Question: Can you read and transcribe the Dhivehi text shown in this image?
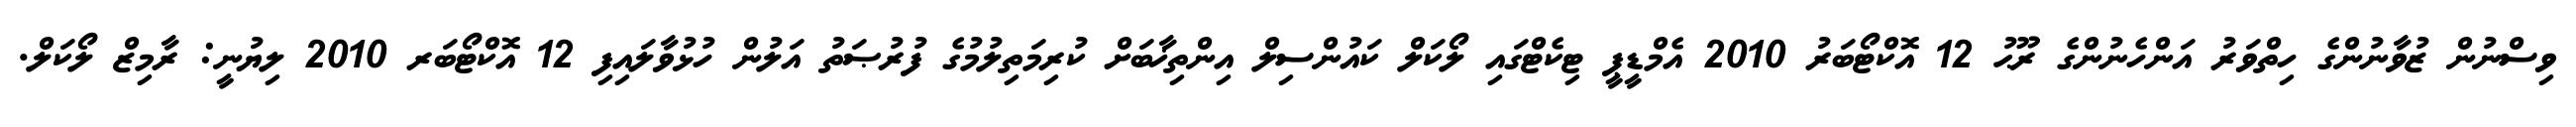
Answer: ވިސްނުން ޒުވާނުންގެ ހިތްވަރު އަންހެނުންގެ ރޫޙު 12 އޮކްޓޯބަރު 2010 އެމްޑީޕީ ޓިކެޓްގައި ލޯކަލް ކައުންސިލް އިންތިޚާބަށް ކުރިމަތިލުމުގެ ފުރުޞަތު އަލުން ހުޅުވާލައިފި 12 އޮކްޓޯބަރ 2010 ލިޔުނީ: ރާމިޒް ލޯކަލް.